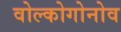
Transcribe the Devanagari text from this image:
वोल्कोगोनोव